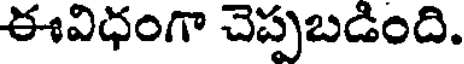
ఈవిధంగా చెప్పబడింది.